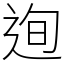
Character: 迿